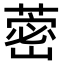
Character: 蔤